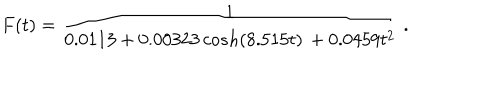
F ( t ) = \frac { 1 } { 0 . 0 1 1 3 + 0 . 0 0 3 2 3 \, c o s h ( 8 . 5 1 5 t ) \, + 0 . 0 4 5 9 t ^ { 2 } } \ .